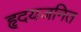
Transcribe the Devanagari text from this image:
हृदयजनित